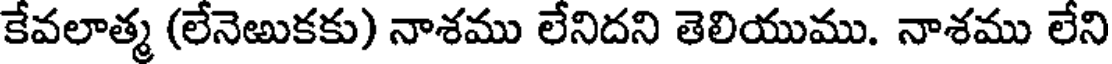
కేవలాత్మ (లేనెఱుకకు) నాశము లేనిదని తెలియుము. నాశము లేని